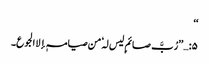
‘‘
۵:…’’رُبَّ صائمٍ لیس لہٗ من صیامہٖ إلا الجوع۔